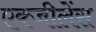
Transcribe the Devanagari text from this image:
एक्जीलेंस